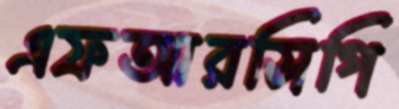
এফআরসিপি